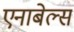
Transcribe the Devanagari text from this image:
एनाबेल्स